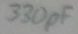
Text: 330pF